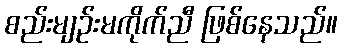
စည်းမျဉ်းမကိုက်ညီ ဖြစ်နေသည်။